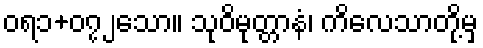
ဝရ၁+၀၇၂သော။ သုဝိမုတ္တာနံ၊ ကိလေသာတို့မှ